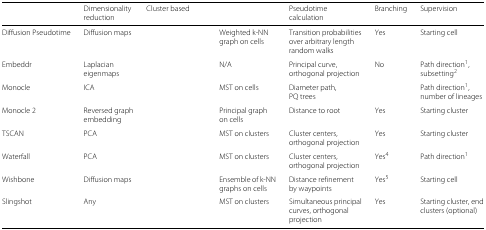
<table><thead><tr><td>[EMPTY_CELL]</td><td><b>Dimensionality reduction</b></td><td><b>Cluster based</b></td><td>[EMPTY_CELL]</td><td><b>Pseudotime calculation</b></td><td><b>Branching</b></td><td><b>Supervision</b></td></tr></thead><tbody><tr><td>Diffusion Pseudotime</td><td>Diffusion maps</td><td>[EMPTY_CELL]</td><td>Weighted k-NN graph on cells</td><td>Transition probabilities over arbitrary length random walks</td><td>Yes</td><td>Starting cell</td></tr><tr><td>Embeddr</td><td>Laplacian eigenmaps</td><td>[EMPTY_CELL]</td><td>N/A</td><td>Principal curve, orthogonal projection</td><td>No</td><td>Path direction<sup>1</sup>, subsetting<sup>2</sup></td></tr><tr><td>Monocle</td><td>ICA</td><td>[EMPTY_CELL]</td><td>MST on cells</td><td>Diameter path, PQ trees</td><td>[EMPTY_CELL]</td><td>Path direction<sup>1</sup>, number of lineages</td></tr><tr><td>Monocle 2</td><td>Reversed graph embedding</td><td>[EMPTY_CELL]</td><td>Principal graph on cells</td><td>Distance to root</td><td>Yes</td><td>Starting cluster</td></tr><tr><td>TSCAN</td><td>PCA</td><td>[EMPTY_CELL]</td><td>MST on clusters</td><td>Cluster centers, orthogonal projection</td><td>Yes</td><td>Starting cluster</td></tr><tr><td>Waterfall</td><td>PCA</td><td>[EMPTY_CELL]</td><td>MST on clusters</td><td>Cluster centers, orthogonal projection</td><td>Yes<sup>4</sup></td><td>Path direction<sup>1</sup></td></tr><tr><td>Wishbone</td><td>Diffusion maps</td><td>[EMPTY_CELL]</td><td>Ensemble of k-NN graphs on cells</td><td>Distance refinement by waypoints</td><td>Yes<sup>5</sup></td><td>Starting cell</td></tr><tr><td>Slingshot</td><td>Any</td><td>[EMPTY_CELL]</td><td>MST on clusters</td><td>Simultaneous principal curves, orthogonal projection</td><td>Yes</td><td>Starting cluster, end clusters (optional)</td></tr></tbody></table>